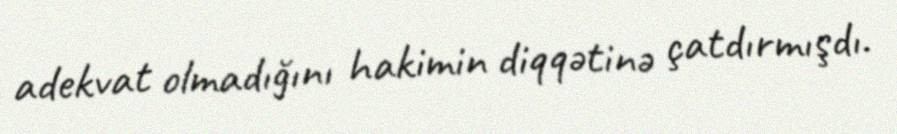
adekvat olmadığını hakimin diqqətinə çatdırmışdı.